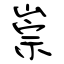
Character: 崇